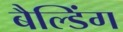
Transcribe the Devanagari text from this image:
बैल्डिंग